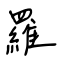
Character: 羅